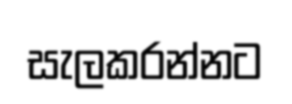
සැලකරන්නට